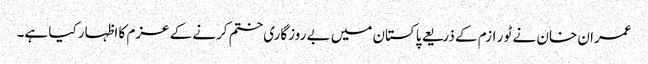
عمران خان نے ٹو ر ازم کے ذریعے پاکستان میں بے روزگاری ختم کرنے کے عزم کا اظہار کیا ہے۔